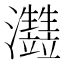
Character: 𤅏